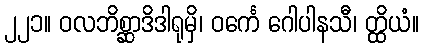
၂၂၁။ ဝလဘိစ္ဆာဒိဒါရုမှိ၊ ဝင်္ကေ ဂေါပါနသီ၊ တ္ထိယံ။